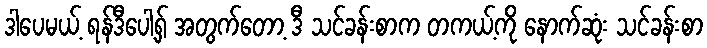
ဒါပေမယ့် ရန်ဒီပေါ့ရှ် အတွက်တော့ ဒီ သင်ခန်းစာက တကယ့်ကို နောက်ဆုံး သင်ခန်းစာ